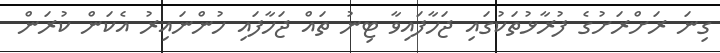
ގިނަ ރަށްރަށުގެ ފުރާޅުތަކުގައި ޖަހާފައިވާ ޓިނު ތައް ޖަހާފައި ހުންނައިރު އެކަން ކުރަން